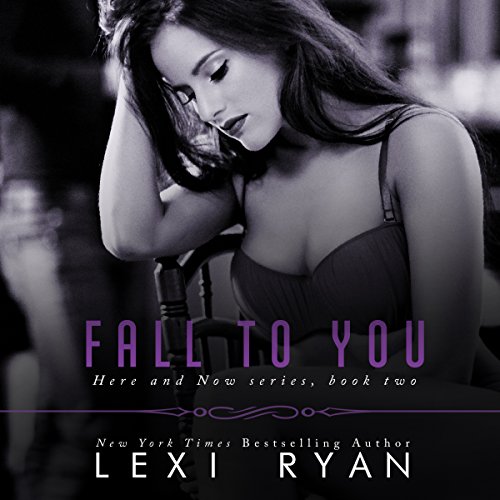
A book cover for Fall to You: Here and Now, Book 2; Lexi Ryan; Romance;